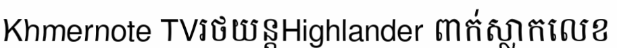
Khmernote TVរថយន្តHighlander ពាក់ស្លាកលេខ